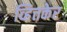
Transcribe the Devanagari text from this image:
व्हित्तकेर